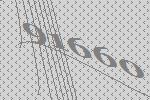
91660